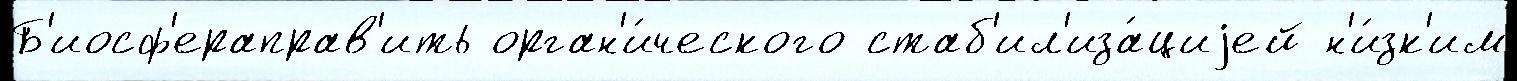
Б'иосф'ераправ'ить орган'и́ческого стаб'ил'иза́циjей н'и́зк'им